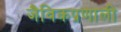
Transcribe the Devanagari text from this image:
जैविकप्रणाली